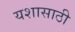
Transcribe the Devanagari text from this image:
यशासाठी